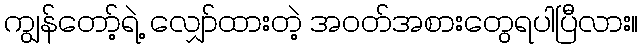
ကျွန်တော့်ရဲ့ လျှော်ထားတဲ့ အဝတ်အစားတွေရပါပြီလား။